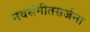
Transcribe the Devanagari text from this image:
नवसंगीतसर्जना